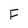
Character: F